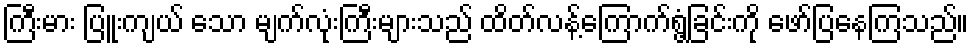
ကြီးမား ပြူးကျယ် သော မျက်လုံးကြီးများသည် ထိတ်လန့်ကြောက်ရွံ့ခြင်းကို ဖော်ပြနေကြသည်။